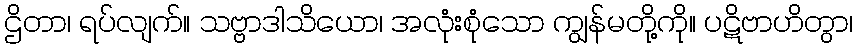
ဌိတာ၊ ရပ်လျက်။ သဗ္ဗာဒါသိယော၊ အလုံးစုံသော ကျွန်မတို့ကို။ ပဋိဗာဟိတွာ၊